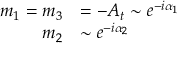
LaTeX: \begin{array} { r l } { { m _ { 1 } = m _ { 3 } } } & { { = - A _ { t } \sim e ^ { - i \alpha _ { 1 } } } } \\ { { m _ { 2 } } } & { { \sim e ^ { - i \alpha _ { 2 } } } } \end{array}